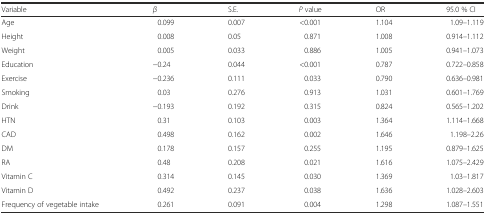
<table><thead><tr><td><b>Variable</b></td><td><b><i>β</i></b></td><td><b>S.E.</b></td><td><b><i>P</i> value</b></td><td><b>OR</b></td><td><b>95.0 % CI</b></td></tr></thead><tbody><tr><td>Age</td><td>0.099</td><td>0.007</td><td>&lt;0.001</td><td>1.104</td><td>1.09–1.119</td></tr><tr><td>Height</td><td>0.008</td><td>0.05</td><td>0.871</td><td>1.008</td><td>0.914–1.112</td></tr><tr><td>Weight</td><td>0.005</td><td>0.033</td><td>0.886</td><td>1.005</td><td>0.941–1.073</td></tr><tr><td>Education</td><td>−0.24</td><td>0.044</td><td>&lt;0.001</td><td>0.787</td><td>0.722–0.858</td></tr><tr><td>Exercise</td><td>−0.236</td><td>0.111</td><td>0.033</td><td>0.790</td><td>0.636–0.981</td></tr><tr><td>Smoking</td><td>0.03</td><td>0.276</td><td>0.913</td><td>1.031</td><td>0.601–1.769</td></tr><tr><td>Drink</td><td>−0.193</td><td>0.192</td><td>0.315</td><td>0.824</td><td>0.565–1.202</td></tr><tr><td>HTN</td><td>0.31</td><td>0.103</td><td>0.003</td><td>1.364</td><td>1.114–1.668</td></tr><tr><td>CAD</td><td>0.498</td><td>0.162</td><td>0.002</td><td>1.646</td><td>1.198–2.26</td></tr><tr><td>DM</td><td>0.178</td><td>0.157</td><td>0.255</td><td>1.195</td><td>0.879–1.625</td></tr><tr><td>RA</td><td>0.48</td><td>0.208</td><td>0.021</td><td>1.616</td><td>1.075–2.429</td></tr><tr><td>Vitamin C</td><td>0.314</td><td>0.145</td><td>0.030</td><td>1.369</td><td>1.03–1.817</td></tr><tr><td>Vitamin D</td><td>0.492</td><td>0.237</td><td>0.038</td><td>1.636</td><td>1.028–2.603</td></tr><tr><td>Frequency of vegetable intake</td><td>0.261</td><td>0.091</td><td>0.004</td><td>1.298</td><td>1.087–1.551</td></tr></tbody></table>